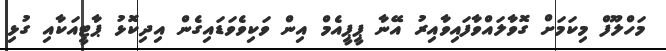
މަހްލޫފް މިކަމަށް ގޮވާލައްވާފައިވާއިރު އޭނާ ޕީޕީއެމް އިން ވަކިވެވަޑައިގެން އިދިކޮޅު ޕާޓީއަކާއި ގުޅި